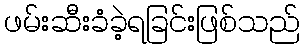
ဖမ်းဆီးခံခဲ့ရခြင်းဖြစ်သည်